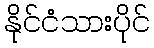
နိုင်ငံသားပိုင်